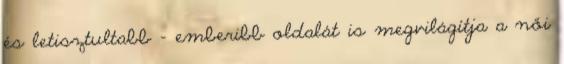
és letisztultabb – emberibb oldalát is megvilágítja a női